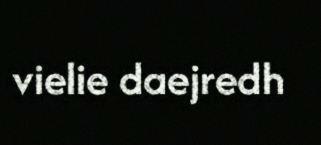
vielie daejredh